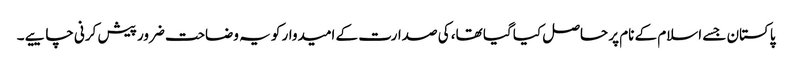
پاکستان جسے اسلام کے نام پر حاصل کیا گیا تھا، کی صدارت کے امیدوار کو یہ وضاحت ضرور پیش کرنی چاییے۔